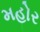
મહોર